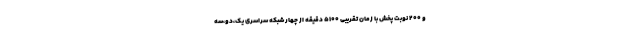
و ۲۰۰ نوبت پخش با زمان تقریبی ۵۱۰۰ دقیقه از چهار شبکه سراسری یک،دو،سه